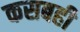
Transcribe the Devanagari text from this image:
कसबही